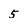
Character: 5